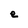
Character: e